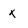
Character: x